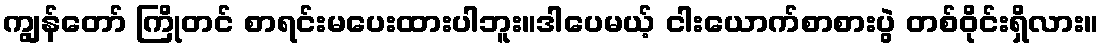
ကျွန်တော် ကြိုတင် စာရင်းမပေးထားပါဘူး။ဒါပေမယ့် ငါးယောက်စာစားပွဲ တစ်ဝိုင်းရှိလား။